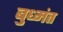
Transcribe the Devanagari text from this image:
बुध्मंत